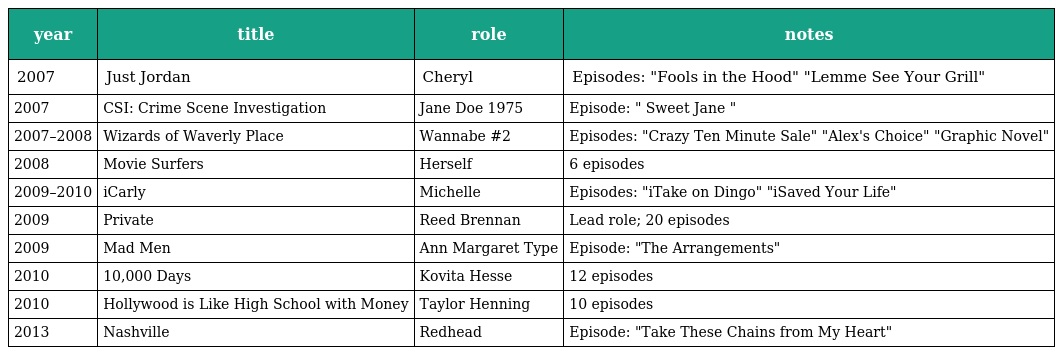
| year | title | role | notes |
 | --- | --- | --- | --- |
 | 2007 | Just Jordan | Cheryl | Episodes: "Fools in the Hood" "Lemme See Your Grill" |
 | 2007 | CSI: Crime Scene Investigation | Jane Doe 1975 | Episode: " Sweet Jane " |
 | 2007–2008 | Wizards of Waverly Place | Wannabe #2 | Episodes: "Crazy Ten Minute Sale" "Alex's Choice" "Graphic Novel" |
 | 2008 | Movie Surfers | Herself | 6 episodes |
 | 2009–2010 | iCarly | Michelle | Episodes: "iTake on Dingo" "iSaved Your Life" |
 | 2009 | Private | Reed Brennan | Lead role; 20 episodes |
 | 2009 | Mad Men | Ann Margaret Type | Episode: "The Arrangements" |
 | 2010 | 10,000 Days | Kovita Hesse | 12 episodes |
 | 2010 | Hollywood is Like High School with Money | Taylor Henning | 10 episodes |
 | 2013 | Nashville | Redhead | Episode: "Take These Chains from My Heart" |